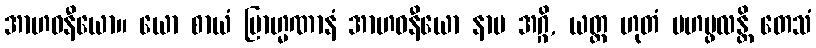
အာဟဝနီယော။ ယော စာယံ ဗြာဟ္မဏာနံ အာဟဝနီယော နာမ အဂ္ဂိ, ယတ္ထ ဟုတံ မဟပ္ဖလန္တိ တေသံ